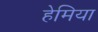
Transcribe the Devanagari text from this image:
हेमिया